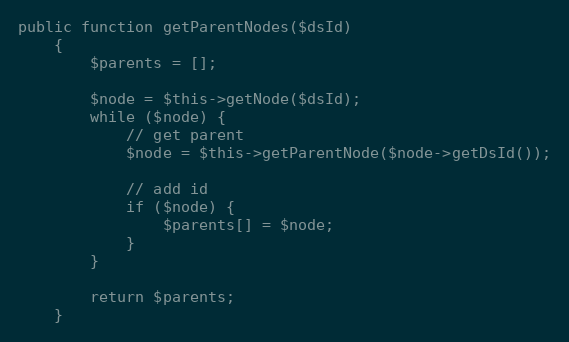
Language: PHP
public function getParentNodes($dsId)
    {
        $parents = [];

        $node = $this->getNode($dsId);
        while ($node) {
            // get parent
            $node = $this->getParentNode($node->getDsId());

            // add id
            if ($node) {
                $parents[] = $node;
            }
        }

        return $parents;
    }